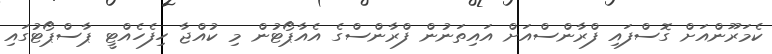
ކެމަރޫންއަށް ގޮސްފައި ފްރާންސްއަށް އައިތަނުން ފްރާންސްގެ އެއާޕޯޓުން މި ކުއްޖާ ހިފެހެއްޓީ ޕާސްޕޯޓުގައި